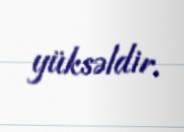
yüksəldir.